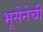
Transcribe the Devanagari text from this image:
भूसेनेची